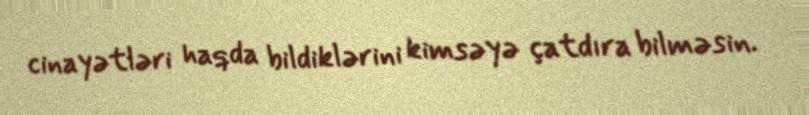
cinayətləri haqda bildiklərini kimsəyə çatdıra bilməsin.